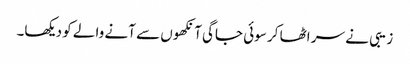
زیبی نے سر اٹھا کر سوئی جاگی آنکھوں سے آنے والے کو دیکھا۔